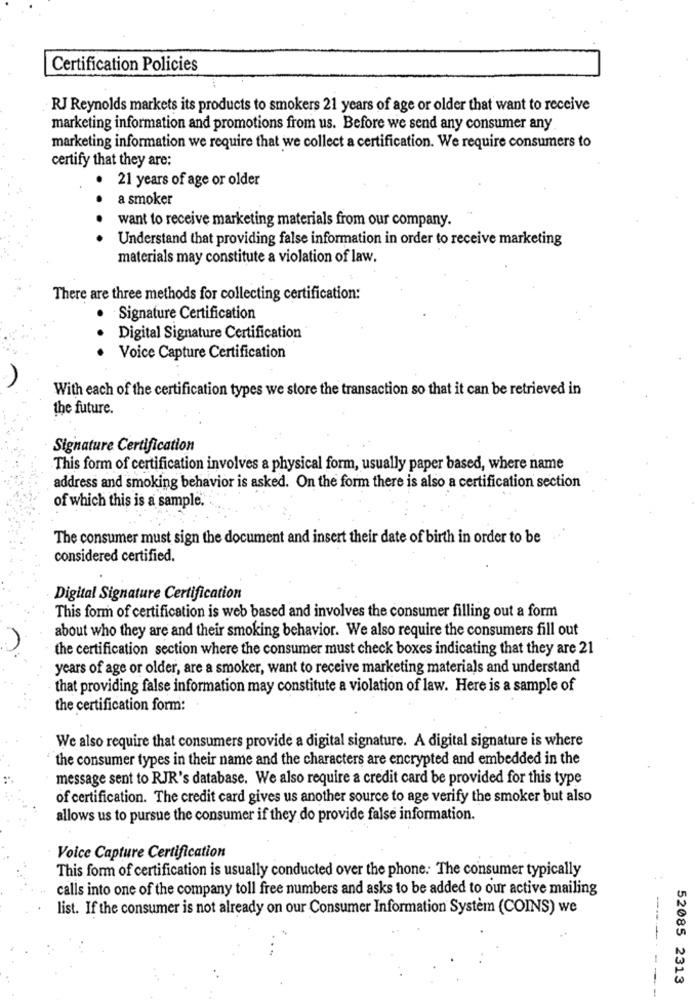
Certification Policies
RJ Reynolds markets its products to smokers 21 years of age or older that want to receive
marketing information and promotions from us. Before we send any consumer any
marketing information we require that we collect a certification. We require consumers to
certify that they are:
21 years of age or older
a smoker
want to receive marketing materials from our company.
Understand that providing false information in order to receive marketing
materials may constitute a violation of law.
There are three methods for collecting certification:
· Signature Certification
.
Digital Signature Certification
Voice Capture Certification
With each of the certification types we store the transaction so that it can be retrieved in
the future.
Signature Certification
This form of certification involves a physical form, usually paper based, where name
address and smoking behavior is asked. On the form there is also a certification section
of which this is a sample.
The consumer must sign the document and insert their date of birth in order to be
considered certified.
Digital Signature Certification
This form of certification is web based and involves the consumer filling out a form
about who they are and their smoking behavior. We also require the consumers fill out
the certification section where the consumer must check boxes indicating that they are 21
years of age or older, are a smoker, want to receive marketing materials and understand
that providing false information may constitute a violation of law. Here is a sample of
the certification form:
We also require that consumers provide a digital signature. A digital signature is where
the consumer types in their name and the characters are encrypted and embedded in the
message sent to RJR's database. We also require a credit card be provided for this type
of certification. The credit card gives us another source to age verify the smoker but also
allows us to pursue the consumer if they do provide false information.
Voice Capture Certification
This form of certification is usually conducted over the phone. The consumer typically
calls into one of the company toll free numbers and asks to be added to our active mailing
list. If the consumer is not already on our Consumer Information System (COINS) we
----
---
52085 2313